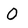
Character: 0